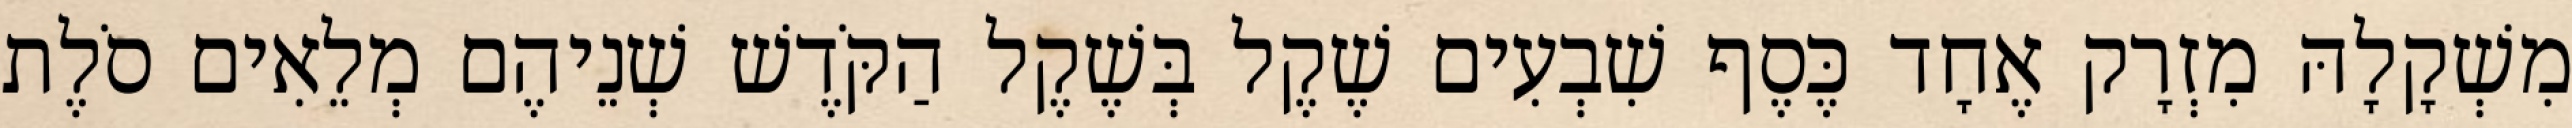
מִשְׁקָלָהּ מִזְרָק אֶחָד כֶּסֶף שִׁבְעִים שֶׁקֶל בְּשֶׁקֶל הַקֹּדֶשׁ שְׁנֵיהֶם מְלֵאִים סֹלֶת